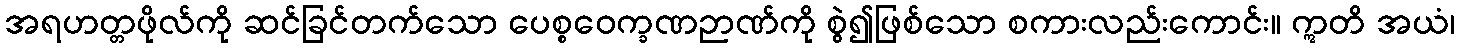
အရဟတ္တဖိုလ်ကို ဆင်ခြင်တက်သော ပေစ္စဝေက္ခဏဉာဏ်ကို စွဲ၍ဖြစ်သော စကားလည်းကောင်း။ ဣတိ အယံ၊